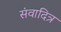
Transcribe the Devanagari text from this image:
संवादित्र